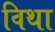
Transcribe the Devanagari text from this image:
विथा